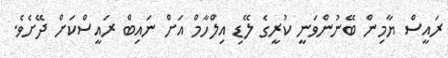
ރައީސް ޔާމިން ބޭނުންވަނީ ކުރީގެ ލޭޑި އިލްހާމް އަށް ނައިބް ރައީސްކަށް ދޭށެވެ.